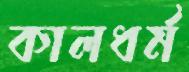
কালধর্ম